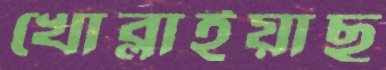
খোব্‌লাইয়াছ